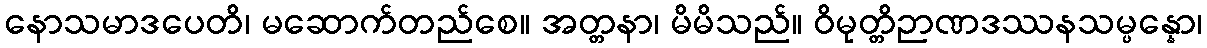
နောသမာဒပေတိ၊ မဆောက်တည်စေ။ အတ္တနာ၊ မိမိသည်။ ဝိမုတ္တိဉာဏဒဿနသမ္ပန္နော၊